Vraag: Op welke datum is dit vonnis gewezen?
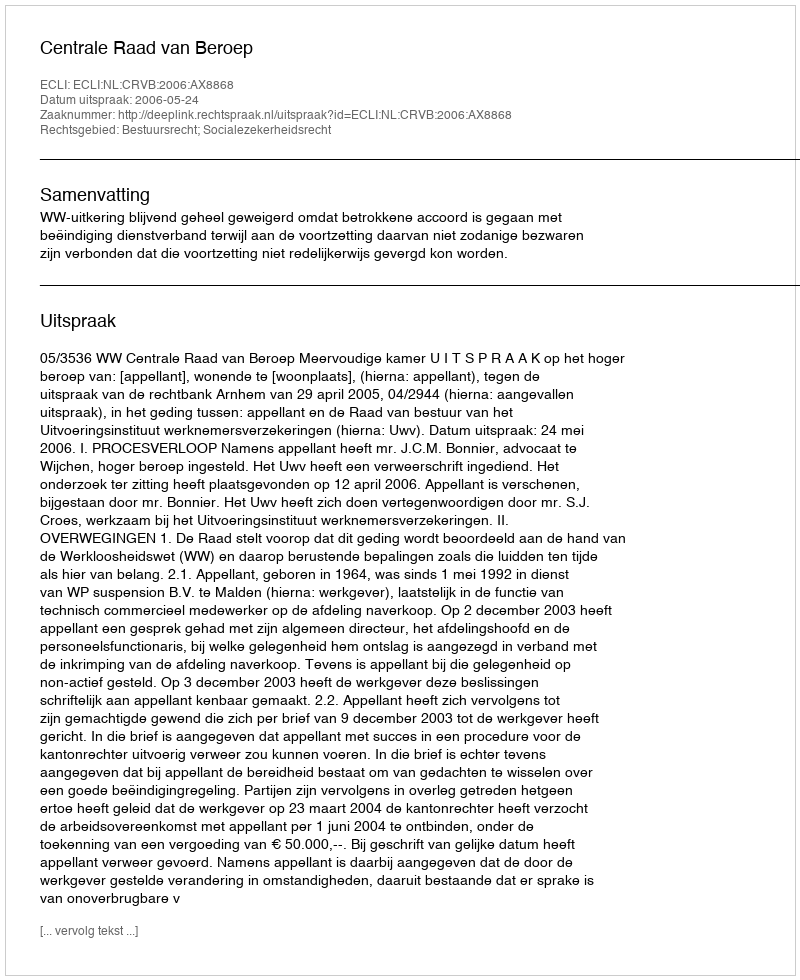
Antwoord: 2006-05-24